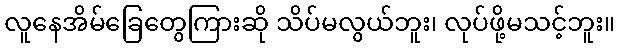
လူနေအိမ်ခြေတွေကြားဆို သိပ်မလွယ်ဘူး၊ လုပ်ဖို့မသင့်ဘူး။